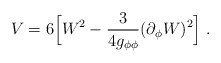
\begin{align*}V=6 \Big[W^2-{3\over{4g_{\phi \phi}}} (\partial_\phi W)^2 \Big]\ .\end{align*}